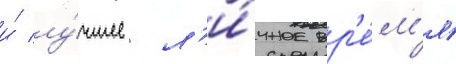
и́ лу́чшее л'и́чное вр'е́м'я